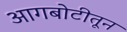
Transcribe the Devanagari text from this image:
आगबोटीतून